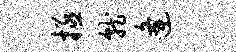
拯就逄